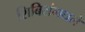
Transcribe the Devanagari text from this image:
शिबिरांमधले